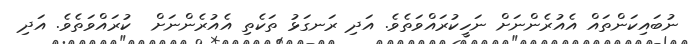
ނުބައިކަންތައް އެއުރެންނަށް ނަހީކުރައްވަތެވެ. އަދި ރަނގަޅު ތަކެތި އެއުރެންނަށް  ކުރައްވަތެވެ. އަދި